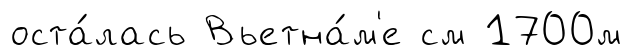
оста́лась Вьетна́м'е см 1700м